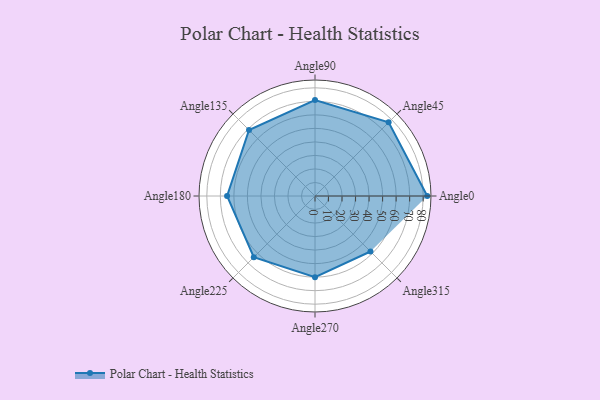
{"axis": {"x": "Angle", "y": "Radius"}, "legend": [""], "data": [{"x": "Angle0", "y": 83.0, "type": ""}, {"x": "Angle45", "y": 77.0, "type": ""}, {"x": "Angle90", "y": 71.0, "type": ""}, {"x": "Angle135", "y": 69.0, "type": ""}, {"x": "Angle180", "y": 65.0, "type": ""}, {"x": "Angle225", "y": 64.0, "type": ""}, {"x": "Angle270", "y": 60.0, "type": ""}, {"x": "Angle315", "y": 58.0, "type": ""}]}